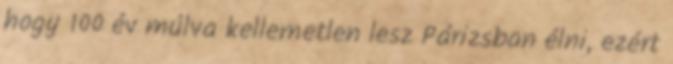
hogy 100 év múlva kellemetlen lesz Párizsban élni, ezért